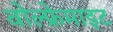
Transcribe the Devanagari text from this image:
वोल्फ्रेमाइट